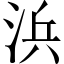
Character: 浜